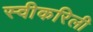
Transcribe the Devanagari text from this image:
स्वीकरिली